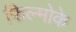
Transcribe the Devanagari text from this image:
फिल्मोके